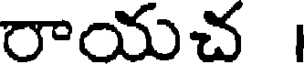
రాయచ